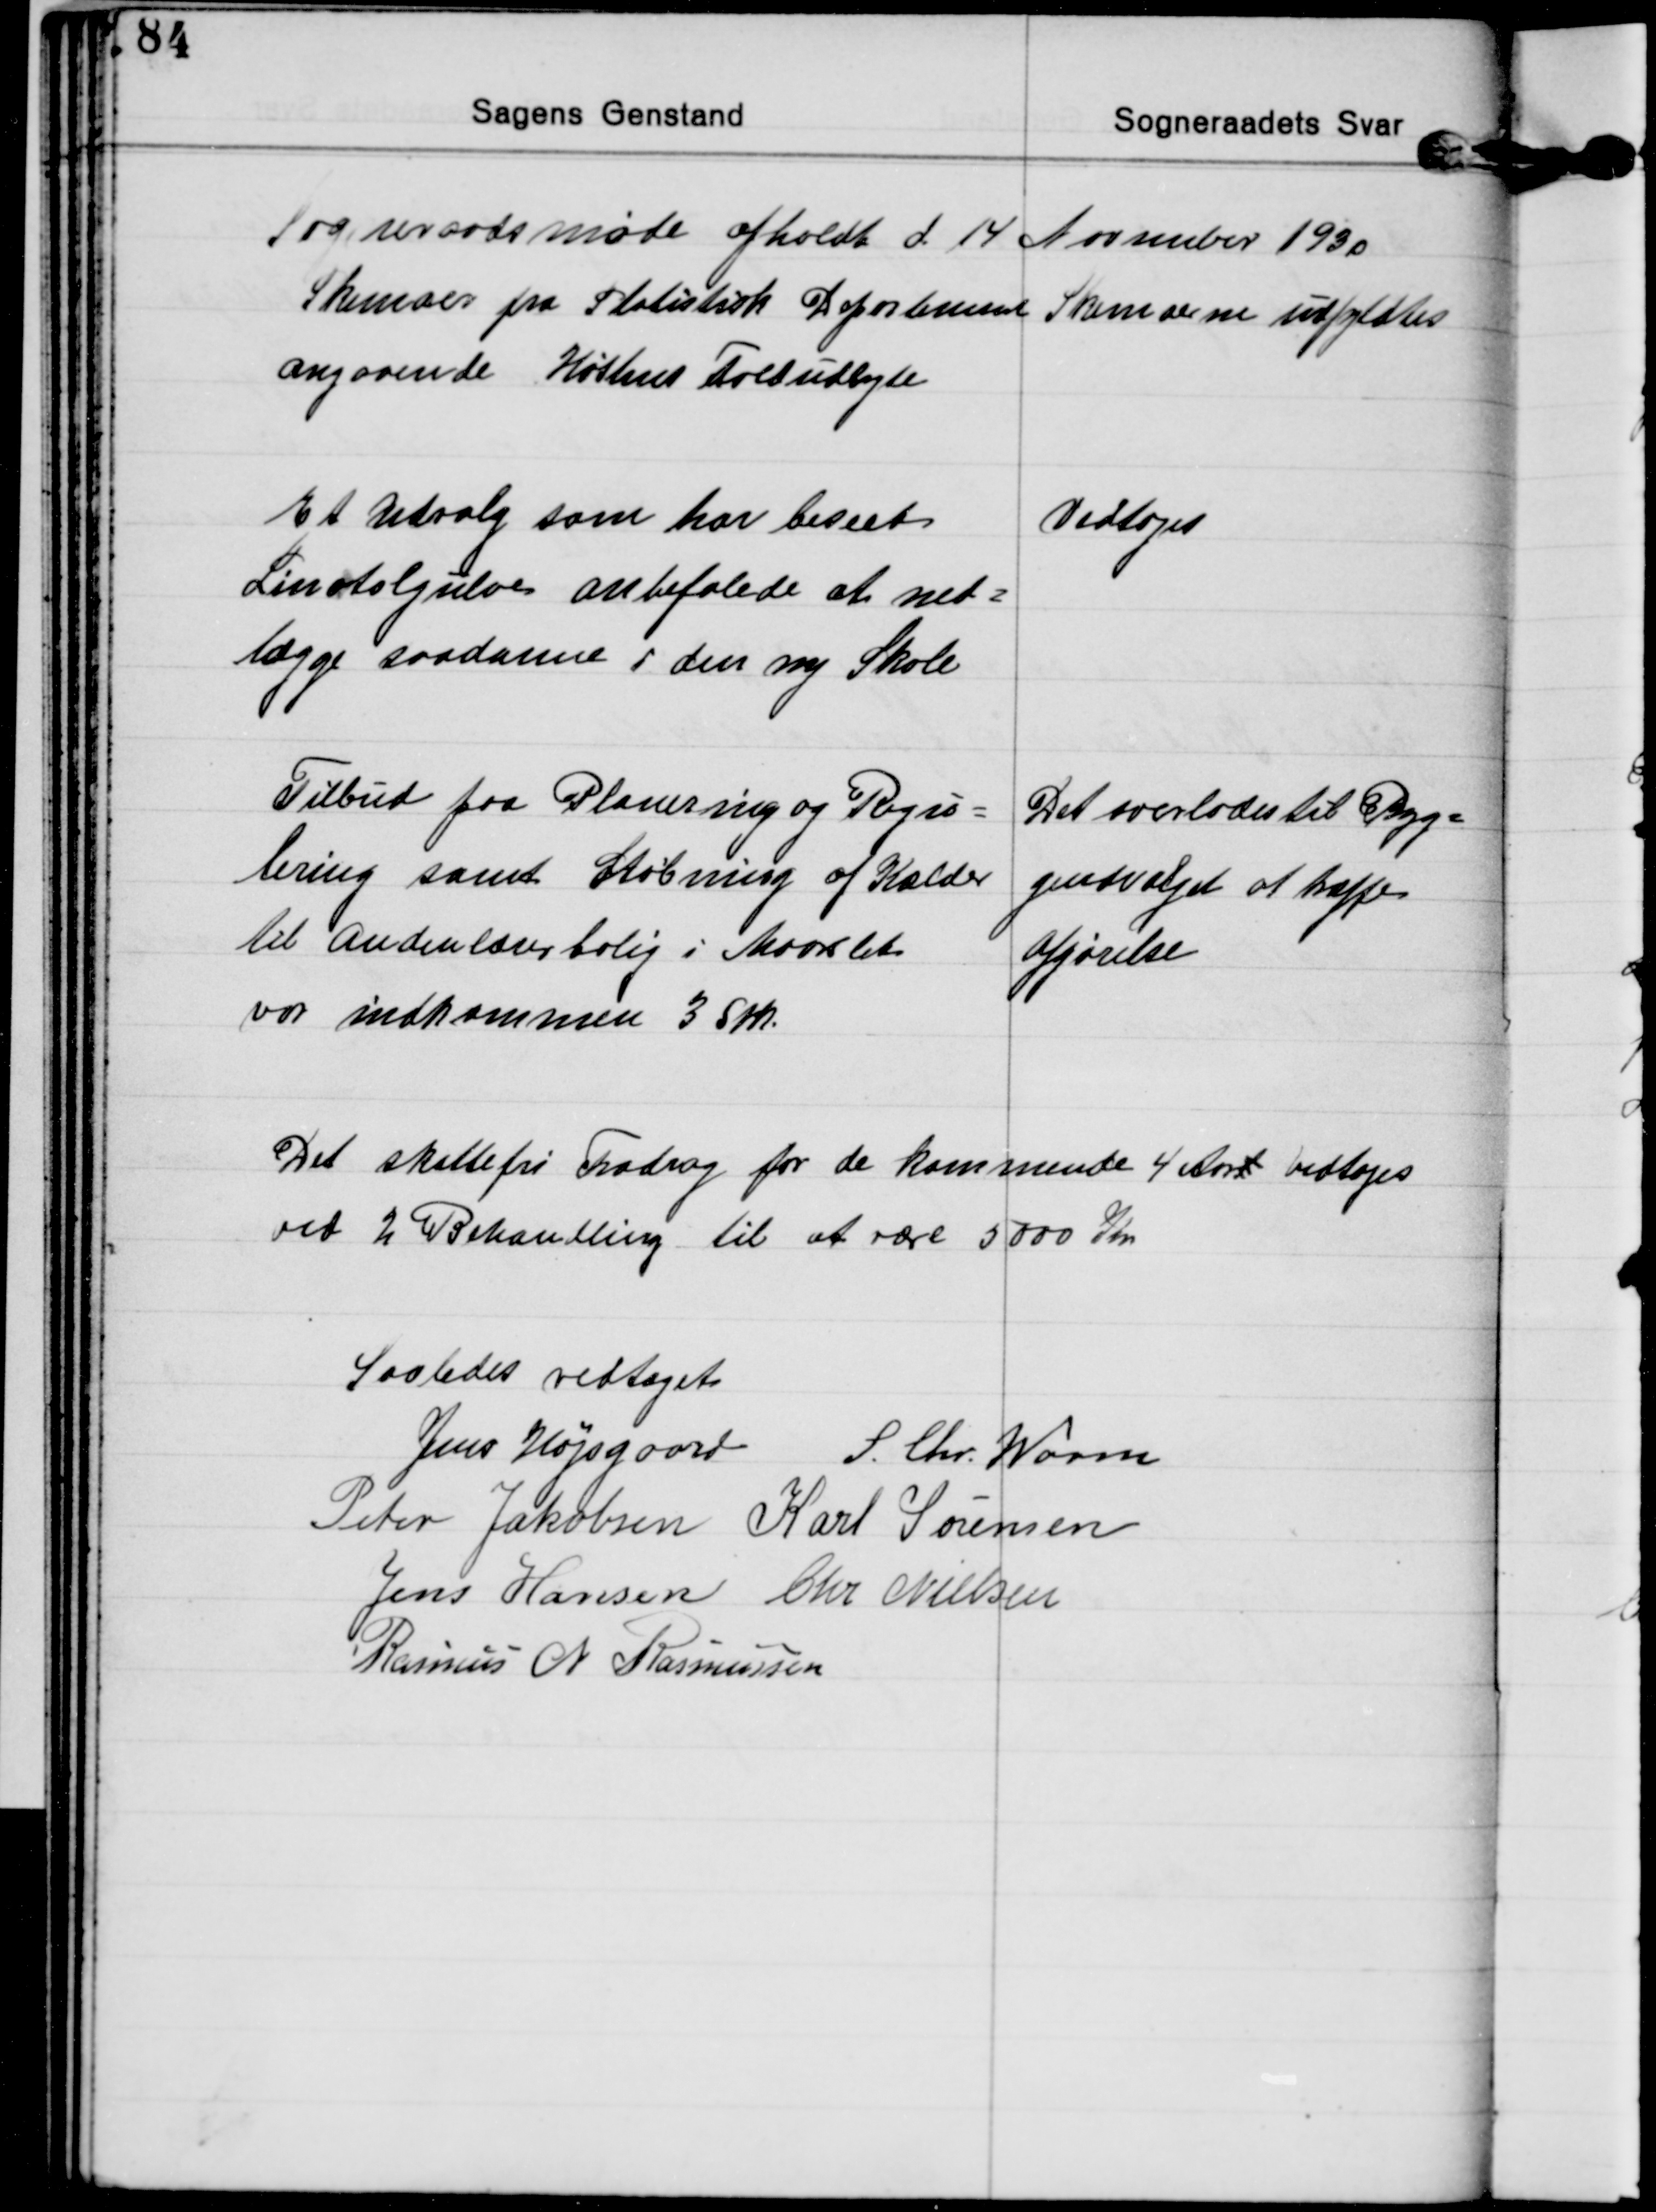
Transskription:
Sogneraadsmøde afholdt d 14. November 1930

Skemaer fra Statistisk Departement
angaaende Høstens Foldudbyte
Skemaerne udfyldtes

Et Udvalg som har beseet
Linotolgulve anbefalede at ned=
lægge saadanne i den ny Skole
Vedtoges

Tilbud paa Planering og Regu=
lering samt Støbning af Kælder
til Andenlærerbolig i Maarslet
var indkommen 3 Stk.
Det overlodes til Byg=
geudvalget at træffe
afgørelse

Det skattefri Fradrag for de kommende 4 Aart vedtoges
ved 2 Behandling til at være 5000 Kr

Saaledes vedtaget
Jens Højsgaard S. Chr. Worm
Peter Jakobsen Karl Sørensen
Jens Hansen Chr. Nielsen
Rasmus N. Rasmussen